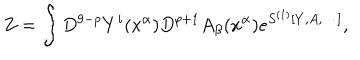
Z = \int D ^ { 9 - p } Y ^ { i } ( x ^ { \alpha } ) D ^ { p + 1 } A _ { \beta } ( x ^ { \alpha } ) e ^ { S ^ { ( 1 ) } [ Y , A , \cdots ] } ,